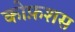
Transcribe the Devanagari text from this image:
कोफ़शस